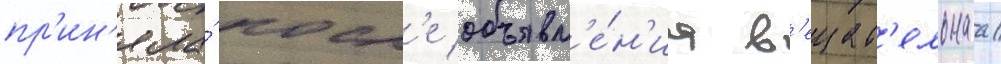
пр'ин'яла́ посл'е объявл'е́н'иа в'ещат'ельнаа